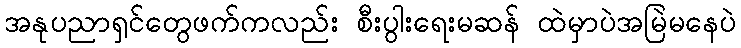
အနုပညာရှင်တွေဖက်ကလည်း စီးပွါးရေးမဆန် ထဲမှာပဲအမြဲမနေပဲ